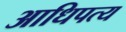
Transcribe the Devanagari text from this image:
आधिपत्य